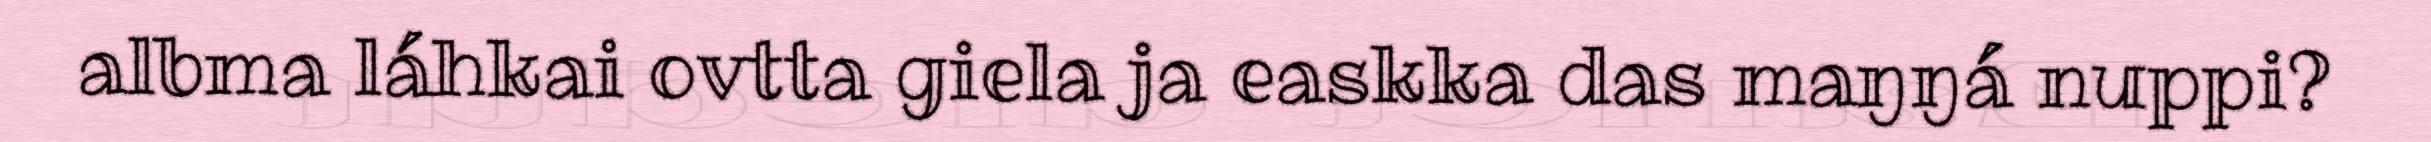
albma láhkai ovtta giela ja easkka das maŋŋá nuppi?